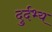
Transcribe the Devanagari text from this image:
दुर्दभ्य